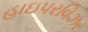
હાઇપરવિઝર